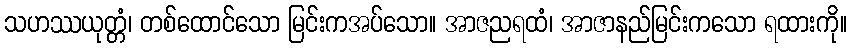
သဟဿယုတ္တံ၊ တစ်ထောင်သော မြင်းကအပ်သော။ အာဇညရထံ၊ အာဇာနည်မြင်းကသော ရထားကို။